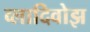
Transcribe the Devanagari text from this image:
व्लादिवोझ